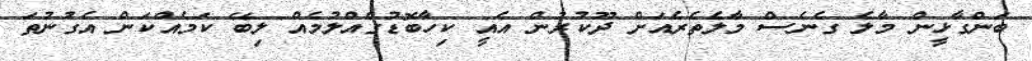
ބަންގާޅީން މާލެ ގެނެސް މާލެތެރެއަށް ދޫކުރުން އެއީ ކިހާބޮޑުގެއްލުމެއް ލިބޭ ކަމެއްކަން އެގުނުތަ